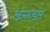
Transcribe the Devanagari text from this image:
अगड़म